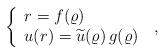
LaTeX: \begin{align*}\left\{ \begin{array}{l} r = f(\varrho) \\u (r) = \widetilde{u} (\varrho) \, g(\varrho)\end{array}\right.\; ,\end{align*}